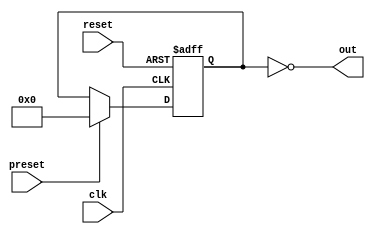
module johnson_counter (
    input wire clk,
    input wire reset,
    input wire preset,
    output wire [n-1:0] out
);

parameter n = 4;
reg [n-1:0] q;

always @(posedge clk or posedge reset) begin
    if (reset) begin
        q <= 0;
    end else if (preset) begin
        q <= {n{1'b0}};
    end else begin
        q <= {q[n-1], q[n-1:0]};
    end
end

assign out = ~q;

endmodule